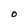
Character: O